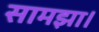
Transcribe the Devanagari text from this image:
सामझा।